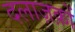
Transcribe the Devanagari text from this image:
दलाज़क़ों